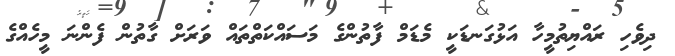
ދިވެހި ރައްޔިތުމީހާ އަޅުގަނޑަކީ މެޑަމް ފާތުންގެ މަސައްކަތްތައް ވަރަށް ގާތުން ފެންނަ މީހެއްގެ